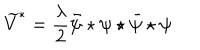
\widetilde { V } ^ { * } = \frac { \lambda } { 2 } \bar { \psi } \star \psi \star \bar { \psi } \star \psi